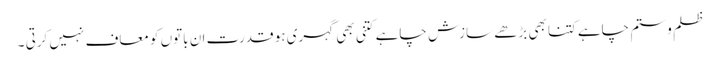
ظلم و ستم چاہے کتنا بھی بڑھے سازش چاہے کتنی بھی گہری ہو قدرت ان باتوں کو معاف نہیں کرتی ۔